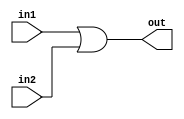
`timescale 1ns / 1ps
//////////////////////////////////////////////////////////////////////////////////
// Company: 
// Engineer: 
// 
// Design Name: 
// Module Name: branchor
// Project Name: 
// Target Devices: 
// Tool Versions: 
// Description: 
// 
// Dependencies: 
// 
// Revision:
// Revision 0.01 - File Created
// Additional Comments:
// 
//////////////////////////////////////////////////////////////////////////////////


module branchor(in1,in2,out
    );
    input in1; input in2; output reg out;
    always @(*)
    begin
    out =in1|in2;
    end
endmodule